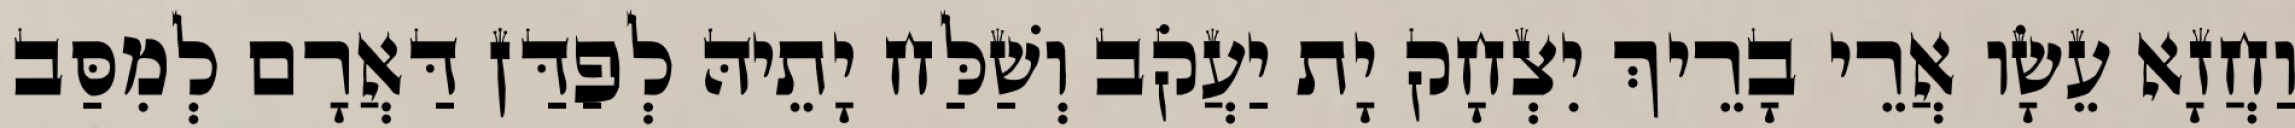
וַחֲזָא עֵשָׂו אֲרֵי בָרֵיךְ יִצְחָק יָת יַעֲקֹב וְשַׁלַּח יָתֵיהּ לְפַדַּן דַּאֲרָם לְמִסַּב